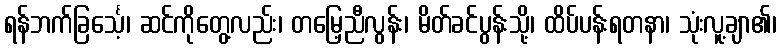
ရန်ဘက်ခြင်္သေ့၊ ဆင်ကိုတွေ့လည်း၊ တမြေ့ညီလွန်း၊ မိတ်ခင်ပွန်းသို့၊ ထိပ်ပန်းရတနာ၊ သုံးလူ့ချာ၏၊